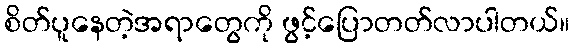
စိတ်ပူနေတဲ့အရာတွေကို ဖွင့်ပြောတတ်လာပါတယ်။